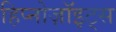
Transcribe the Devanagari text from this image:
हिप्नोज़ॉइट्स